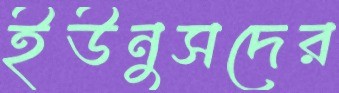
ইউনুসদের